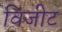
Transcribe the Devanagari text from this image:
विजीट